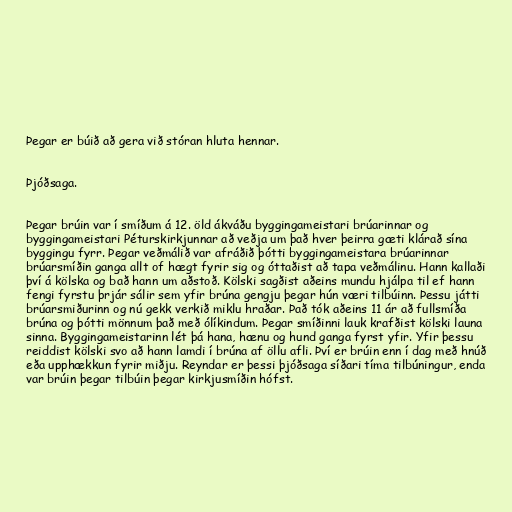
Þegar er búið að gera við stóran hluta hennar.

Þjóðsaga.

Þegar brúin var í smíðum á 12. öld ákváðu byggingameistari brúarinnar og
byggingameistari Péturskirkjunnar að veðja um það hver þeirra gæti klárað sína
byggingu fyrr. Þegar veðmálið var afráðið þótti byggingameistara brúarinnar
brúarsmíðin ganga allt of hægt fyrir sig og óttaðist að tapa veðmálinu. Hann kallaði
því á kölska og bað hann um aðstoð. Kölski sagðist aðeins mundu hjálpa til ef hann
fengi fyrstu þrjár sálir sem yfir brúna gengju þegar hún væri tilbúinn. Þessu játti
brúarsmiðurinn og nú gekk verkið miklu hraðar. Það tók aðeins 11 ár að fullsmíða
brúna og þótti mönnum það með ólíkindum. Þegar smíðinni lauk krafðist kölski launa
sinna. Byggingameistarinn lét þá hana, hænu og hund ganga fyrst yfir. Yfir þessu
reiddist kölski svo að hann lamdi í brúna af öllu afli. Því er brúin enn í dag með hnúð
eða upphækkun fyrir miðju. Reyndar er þessi þjóðsaga síðari tíma tilbúningur, enda
var brúin þegar tilbúin þegar kirkjusmíðin hófst.